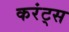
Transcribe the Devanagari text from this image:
करंट्स